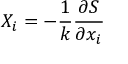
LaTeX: X _ { i } = - { \frac { 1 } { k } } { \frac { \partial S } { \partial x _ { i } } }